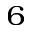
_ { 6 }